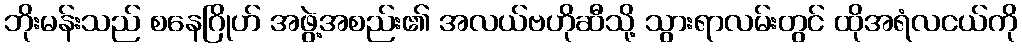
ဘိုးမန်းသည် စနေဂြိုဟ် အဖွဲ့အစည်း၏ အလယ်ဗဟိုဆီသို့ သွားရာလမ်းတွင် ထိုအရံလငယ်ကို